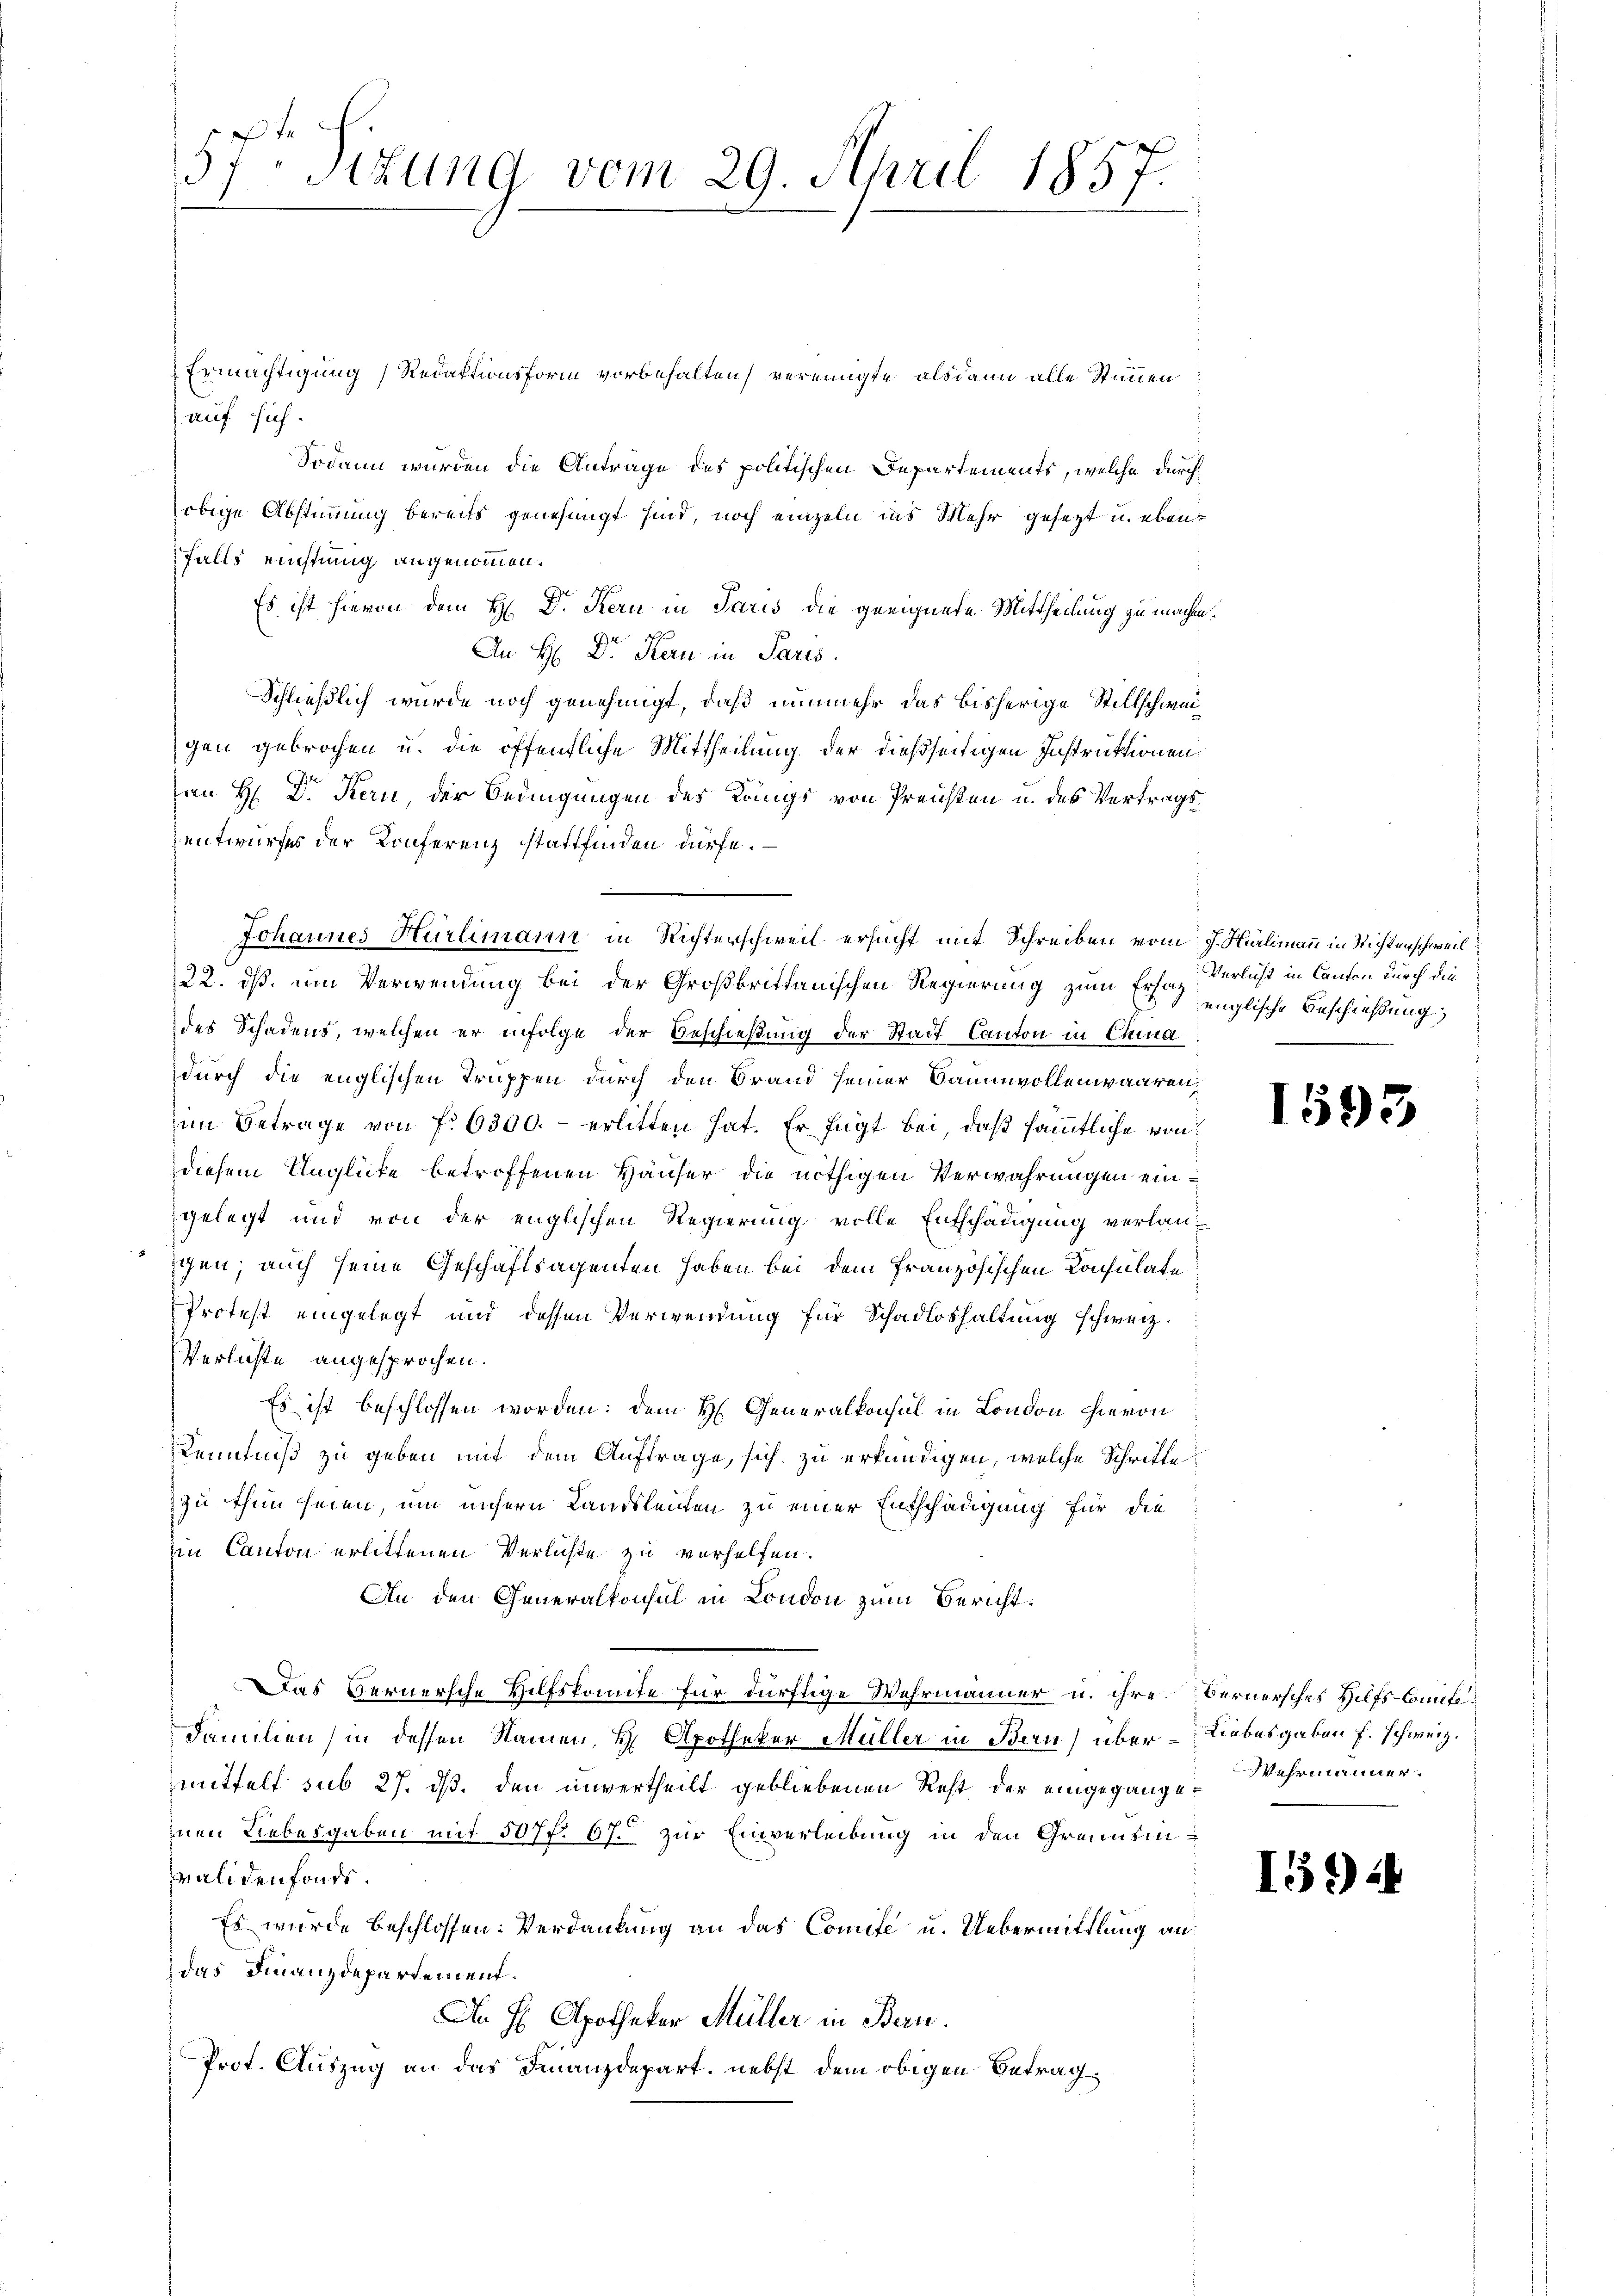
57. Situng vom 29. April 1857.

Ermächtigung) Redaktionsform vorbehalten, vereinigte alsdann alle Stimmen
auf sich.
Sodann wurden die Anträge des politischen Departements, welche durchobige Abstimmung bereits genehmigt sind, noch einzeln ins Mehr gesezt u. ebenfalls nichtung angenommen.
Es ist hievon dem H: Dr. Kern in Paris die geeignete Mittheilung zu machen.
An H: Dr. Kern in Paris.
Schließlich wurde noch genehmigt, daß nunmehr das bisherige Stillschweigen gebrochen u. die öffentliche Mittheilung der dießseitigen Instruktionen
an H. Dr. Kern, der Bedingungen des Langs von Preusen u. des Vertragsentwurfes der Konferenz stattfinden dürfe.
Johannes Hürlimann in Richterschweil ersucht mit Schreiben vom J. Hürlimann in Nichterschweil.
22. dß um Verwendung bei der Großbrittanischen Regierung zum Ersat
des Schadens, welchen er infolge der Beschießung der Stadt Canton in China
durch die englischen Truppen durch den Brand seiner Baumvollenwaaren,
im Betrage von f. 6300.- erlitten hat. Er fügt bei, daß sämmtliche von
diesem Unglücke betroffenen Häuser die nöthigen Verwahrungen eingelegt und von der englischen Regierung volle Entschädigung verlangen; auch seine Geschäftsagenten haben bei dem französischen Konsulate
Protest eingelegt und dessen Verwendung für Schadloshaltung schweiz.
Verlieste angesprochen.
Es ist beschlossen worden: dem H. Generalkonsul in London hievon
Kenntniß zu geben mit dem Auftrage, sich zu erkundigen, welche Schritte
zu thun seien, um unsern Landsleuten zu einer Entschädigung für die
in Canton erlittenen Verluste zu verhelfen.
An den Generalkonsul in London zum Bericht¬
Das Bernersche Hilfskomite für dürftige Wehrmänner u. ihre Bernersches Hilfs-Comite¬
Familien) in dessen Namen, H. Apotheker Müller in Bern) über Liebesgaben f. schweiz.
mittelt sub 27. ds. den unvertheilt gebliebenen Rest der eingegangen Wehrmanner.
inen Liebesgaben mit 507 f. 67. zur Einverleibung in den Grennsinvalidenfonde.
Es wurde beschlossen: Verdankung an das Comite u. Uebermittlung an
das Finanzdepartement.
In H Apotheker Müller in Bern.
Prot. Auszug an das Finanzdepart, nebst dem obigen Betrag

Verlicht in Canton durch die
englische Beschießung,

1593

I594